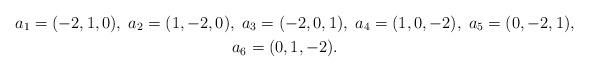
LaTeX: \begin{gather*}a_1=(-2,1,0),\;a_2=(1,-2,0),\;a_3=(-2,0,1),\;a_4=(1,0,-2),\; a_5=(0,-2,1),\\a_6=(0,1,-2).\end{gather*}